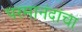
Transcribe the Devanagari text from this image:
परमानंदांचा